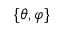
\{ \theta , \varphi \}